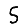
Digit: 5